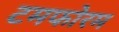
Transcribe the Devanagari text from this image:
टमफोरम